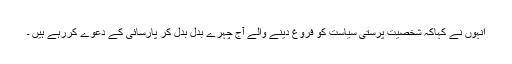
انہوں نے کہاکہ شخصیت پرستی سیاست کو فروغ دینے والے آج چہرے بدل بدل کر پارسائی کے دعوے کررہے ہیں ۔